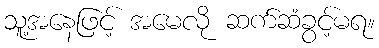
သူ့အနေဖြင့် အမေလို ဆက်ဆံခွင့်မရ။